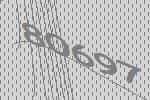
80697